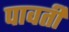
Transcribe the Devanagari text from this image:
पावर्ती